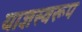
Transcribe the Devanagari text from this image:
याज्ञस्वरूप